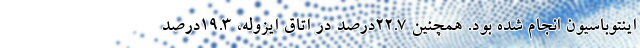
اینتوباسیون انجام شده بود. همچنین ۲۲.۷درصد در اتاق ایزوله، ۱۹.۳درصد